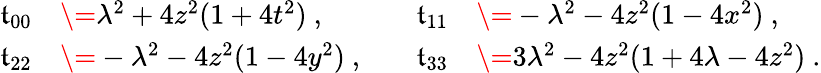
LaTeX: \begin{array}{rl}{\mathfrak{t}_{00}}&{\= \lambda^{2}+4z^{2}(1+4t^{2})\ ,}\\ {\mathfrak{t}_{22}}&{\= -\lambda^{2}-4z^{2}(1-4y^{2})\ ,}\end{array}\qquad\begin{array}{rl}{\mathfrak{t}_{11}}&{\= -\lambda^{2}-4z^{2}(1-4x^{2})\ ,}\\ {\mathfrak{t}_{33}}&{\= 3\lambda^{2}-4z^{2}(1+4\lambda-4z^{2})\ .}\end{array}